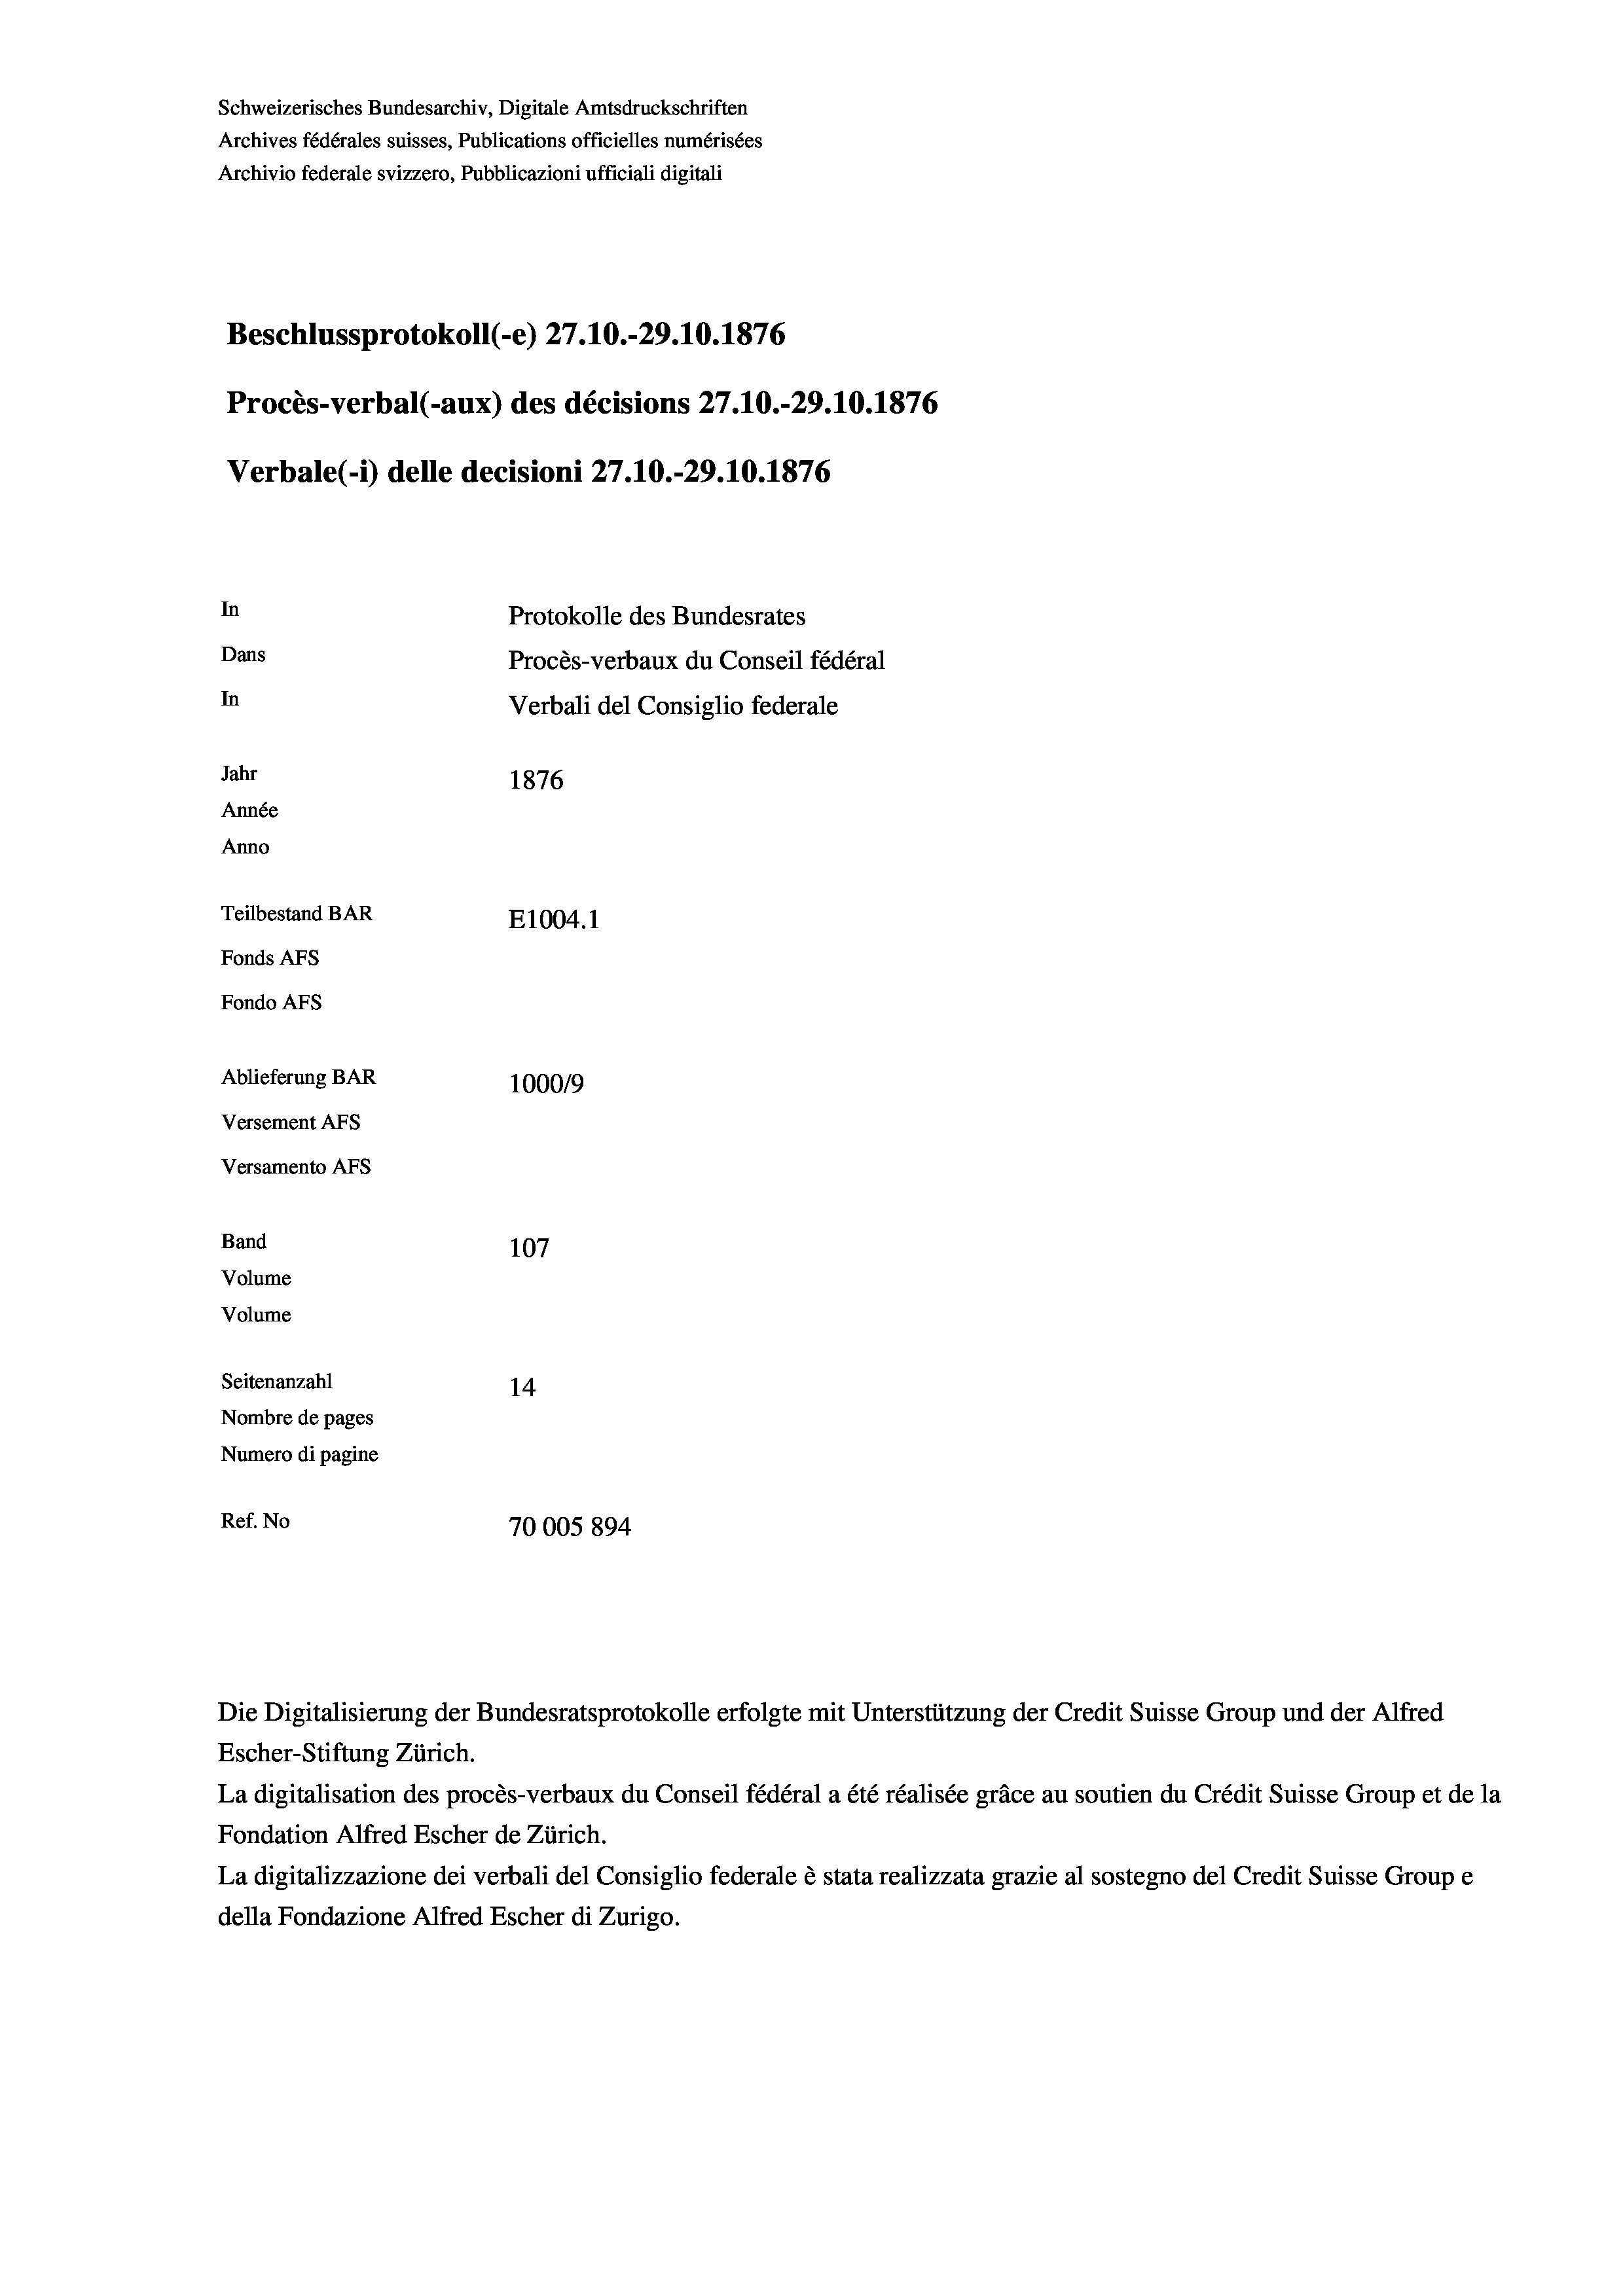
Schweizerisches Bundesarchiv, Digitale Amtsdruckschriften
Archives fédérales suisses, Publications officielles numérisées
Archivio federale svizzero, Pubblicazioni ufficiali digitali
Beschlussprotokoll (-e) 27.10.-29.10.1876
Procès-verbal (-aux) des décisions 27.10.-29.10.1876
Verbale (- 1) delle decisioni 27.10.-29.10.1876
In
Protokolle des Bundesrates
Dans
Procès-verbaux du Conseil fédéral
In
Verbali del Consiglio federale
Jahr
1876
Année
Anno
Teilbestand BAR
E1004.1
Fonds AFs
Fondo AFS
Ablieferung BAR
100019
Versement AFs
Versamento AFs
Band
107
Volume
Volume
Seitenanzahl
14
Nombre de pages
Numero di pagine
Ref. No
70005 894

Escher-Stiftung Zürich.
La digitalisation des procès-verbaux du Conseil fédéral a été réalisée gräce au soutien du Crédit Suisse Group et de la
Fondation Alfred Escher de Zürich.
La digitalizzazione dei verbali del Consiglio federale è stata realizzata grazie al sostegno del Credit Suisse Groupe
della Fondazione Alfred Escher di Zurigo.

Die Digitalisierung der Bundesratsprotokolle erfolgte mit Unterstützung der Credit Suisse Group und der Alfred